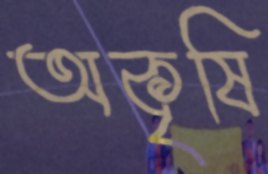
অকৃষি